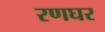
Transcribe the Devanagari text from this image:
रणघर